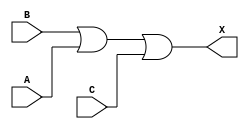
/*
 * Copyright 2020 The SkyWater PDK Authors
 *
 * Licensed under the Apache License, Version 2.0 (the "License");
 * you may not use this file except in compliance with the License.
 * You may obtain a copy of the License at
 *
 *     https://www.apache.org/licenses/LICENSE-2.0
 *
 * Unless required by applicable law or agreed to in writing, software
 * distributed under the License is distributed on an "AS IS" BASIS,
 * WITHOUT WARRANTIES OR CONDITIONS OF ANY KIND, either express or implied.
 * See the License for the specific language governing permissions and
 * limitations under the License.
 *
 * SPDX-License-Identifier: Apache-2.0
*/


`ifndef SKY130_FD_SC_MS__OR3_FUNCTIONAL_V
`define SKY130_FD_SC_MS__OR3_FUNCTIONAL_V

/**
 * or3: 3-input OR.
 *
 * Verilog simulation functional model.
 */

`timescale 1ns / 1ps
`default_nettype none

`celldefine
module sky130_fd_sc_ms__or3 (
    X,
    A,
    B,
    C
);

    // Module ports
    output X;
    input  A;
    input  B;
    input  C;

    // Local signals
    wire or0_out_X;

    //  Name  Output     Other arguments
    or  or0  (or0_out_X, B, A, C        );
    buf buf0 (X        , or0_out_X      );

endmodule
`endcelldefine

`default_nettype wire
`endif  // SKY130_FD_SC_MS__OR3_FUNCTIONAL_V